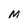
Character: M